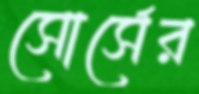
সোর্সের